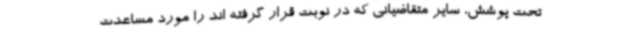
تحت پوشش، سایر متقاضیانی که در نوبت قرار گرفته اند را مورد مساعدت